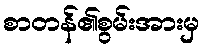
စာတန်၏စွမ်းအားမှ